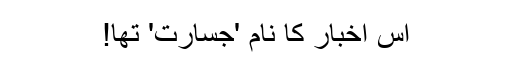
اس اخبار کا نام 'جسارت' تھا!